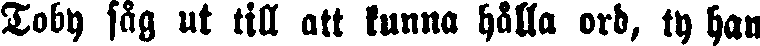
Toby såg ut till att kunna hålla ord, ty han